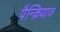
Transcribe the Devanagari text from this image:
पैन्क्रियाज